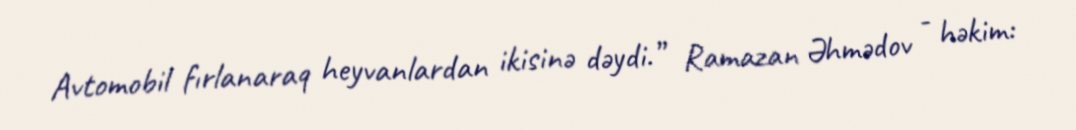
Avtomobil fırlanaraq heyvanlardan ikisinə dəydi.” Ramazan Əhmədov - həkim: